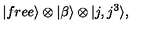
| f r e e \rangle \otimes | \beta \rangle \otimes | j , j ^ { 3 } \rangle ,